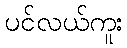
ပင်လယ်ကူး